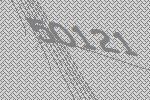
50121